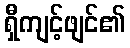
ရှီကျင့်ဖျင်၏